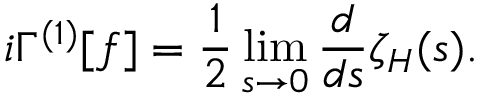
i \Gamma ^ { ( 1 ) } [ f ] = { \frac { 1 } { 2 } } \operatorname * { l i m } _ { s \to 0 } { \frac { d } { d s } } \zeta _ { H } ( s ) .